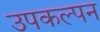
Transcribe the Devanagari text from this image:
उपकल्पन